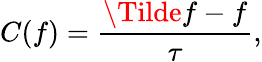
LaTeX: C(f)=\frac{\Tilde{f}-f}{\tau},